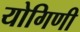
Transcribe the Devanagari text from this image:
योगिणी